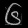
Digit: ၆